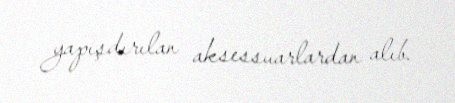
yapışdırılan aksessuarlardan alıb.